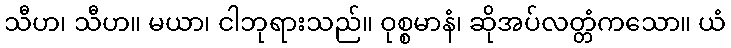
သီဟ၊ သီဟ။ မယာ၊ ငါဘုရားသည်။ ဝုစ္စမာနံ၊ ဆိုအပ်လတ္တံကသော။ ယံ